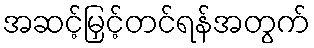
အဆင့်မြှင့်တင်ရန်အတွက်